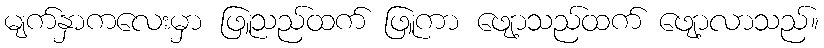
မျက်နှာကလေးမှာ ဖြူသည်ထက် ဖြူကာ ဖျော့သည်ထက် ဖျော့လာသည်။